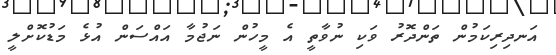
އަނދިރިކަމުން ތަންދޮރު ވަކި ނުވާތީ އެ މީހުން ނަޖުމާ އައްސަން އުޅެ މަޑުކޮށްލީ